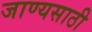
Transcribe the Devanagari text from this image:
जाण्यसाठी